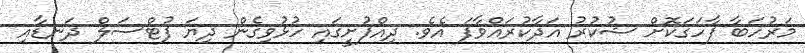
މަރުހަބާ ފާހަގަކޮށް ޝުކުރު އަދާކުރައްވާފަ އެވެ. ދިއްފުށީގައި ހުޅުވިގެން ދިޔަ ފުޓްސަލް ދަނޑާއި